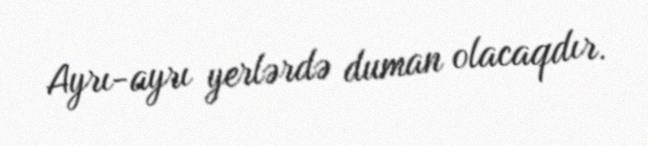
Ayrı-ayrı yerlərdə duman olacaqdır.